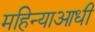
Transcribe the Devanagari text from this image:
महिन्याआधी